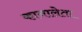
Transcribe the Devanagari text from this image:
कानालेता